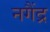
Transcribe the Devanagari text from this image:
नगैंद्र